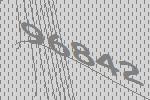
96842